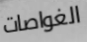
الغواصات